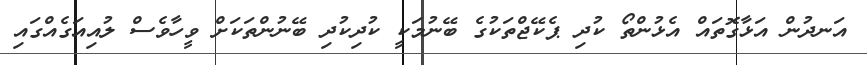
އަނދުން އަޅާގޮތައް އެޅުންތޯ ކުދި ޕެކޭޖްތަކުގެ ބޭނުމަކީ ކުދިކުދި ބޭނުންތަކަށް ވީހާވެސް ލުއިއަގެއްގައި